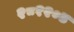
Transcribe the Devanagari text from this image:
२८१२०४